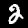
Digit: 2